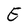
Character: E